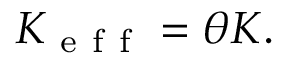
K _ { \mathrm { ~ e ~ f ~ f ~ } } = \theta K .